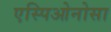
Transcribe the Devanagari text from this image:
एस्पिओनोसा